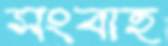
সংবাহ